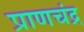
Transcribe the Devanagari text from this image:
प्राणचंद्र